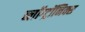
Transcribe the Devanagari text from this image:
ब्लॉग्ट्रॉनिक्स